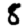
Digit: 8